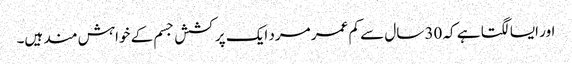
اور ایسا لگتا ہے کہ 30 سال سے کم عمر مرد ایک پرکشش جسم کے خواہش مند ہیں۔